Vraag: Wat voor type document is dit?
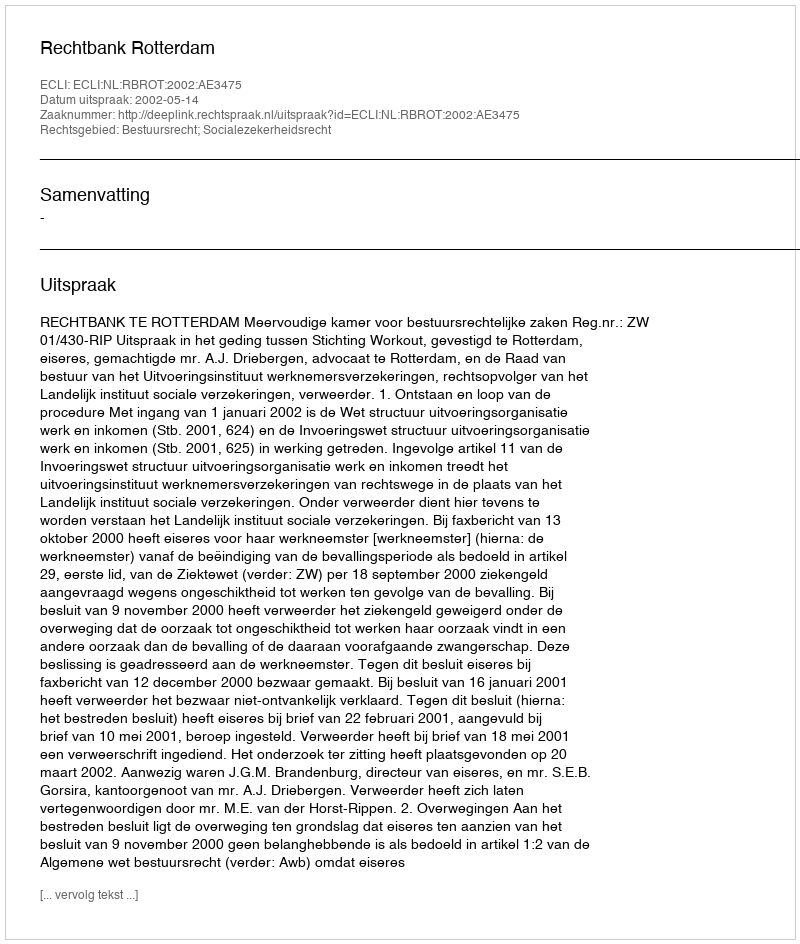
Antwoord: Uitspraak